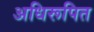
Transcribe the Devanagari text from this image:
अधिरूपित